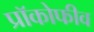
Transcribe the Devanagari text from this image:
प्रॉकोफीव